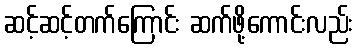
ဆင့်ဆင့်တက်ကြောင်း ဆက်ဖို့ကောင်းလည်း